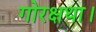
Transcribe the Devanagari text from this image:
गोरक्षथा।